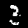
Digit: 3